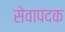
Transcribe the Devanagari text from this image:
सेवापदक